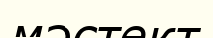
мәстект